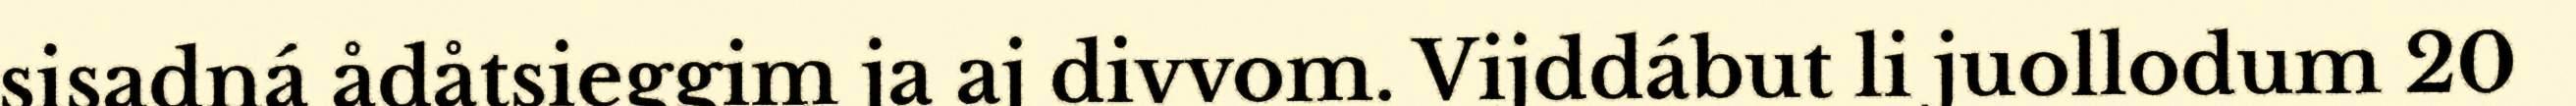
sisadná ådåtsieggim ja aj divvom. Vijddábut li juollodum 20